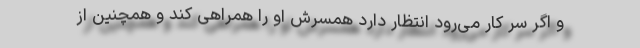
و اگر سر کار می‌رود انتظار دارد همسرش او را همراهی کند و همچنین از